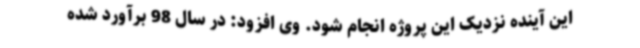
این آینده نزدیک این پروژه انجام شود. وی افزود: در سال 98 برآورد شده